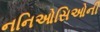
નનિઓસિઓની